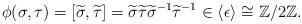
LaTeX: \begin{align*}\phi(\sigma, \tau) = [\widetilde \sigma, \widetilde \tau] = \widetilde \sigma \widetilde \tau {\widetilde \sigma}^{-1} {\widetilde \tau}^{-1} \in \langle \epsilon \rangle \cong \mathbb Z/ 2 \mathbb Z.\end{align*}